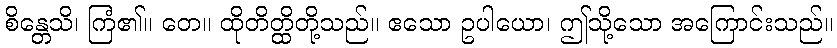
စိန္တေသိ၊ ကြံ၏။ တေ။ ထိုတိတ္ထိတို့သည်။ ဧသော ဥပါယော၊ ဤသို့သော အကြောင်းသည်။